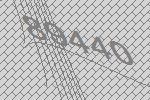
89440